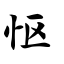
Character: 怄